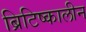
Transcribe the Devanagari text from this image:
ब्रिटिष्कालीन